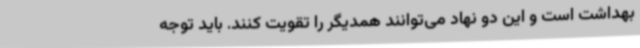
بهداشت است و این دو نهاد می‌توانند همدیگر را تقویت کنند. باید توجه